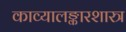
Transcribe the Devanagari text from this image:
काव्यालङ्कारशास्त्र